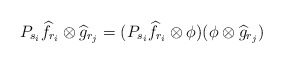
\begin{align*} P_{s_i}\widehat{f}_{r_i}\otimes \widehat{g}_{r_j}=(P_{s_i}\widehat{f}_{r_i}\otimes\phi)(\phi \otimes \widehat{g}_{r_j})\end{align*}